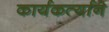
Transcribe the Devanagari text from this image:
कार्यकर्त्याने